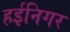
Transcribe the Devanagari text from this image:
हईनिगर